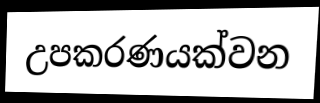
උපකරණයක්වන